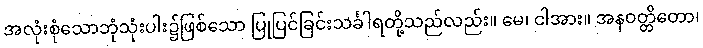
အလုံးစုံသောဘုံသုံးပါး၌ဖြစ်သော ပြုပြင်ခြင်းသင်္ခါရတို့သည်လည်း။ မေ၊ ငါအား။ အနဝတ္တိတော၊